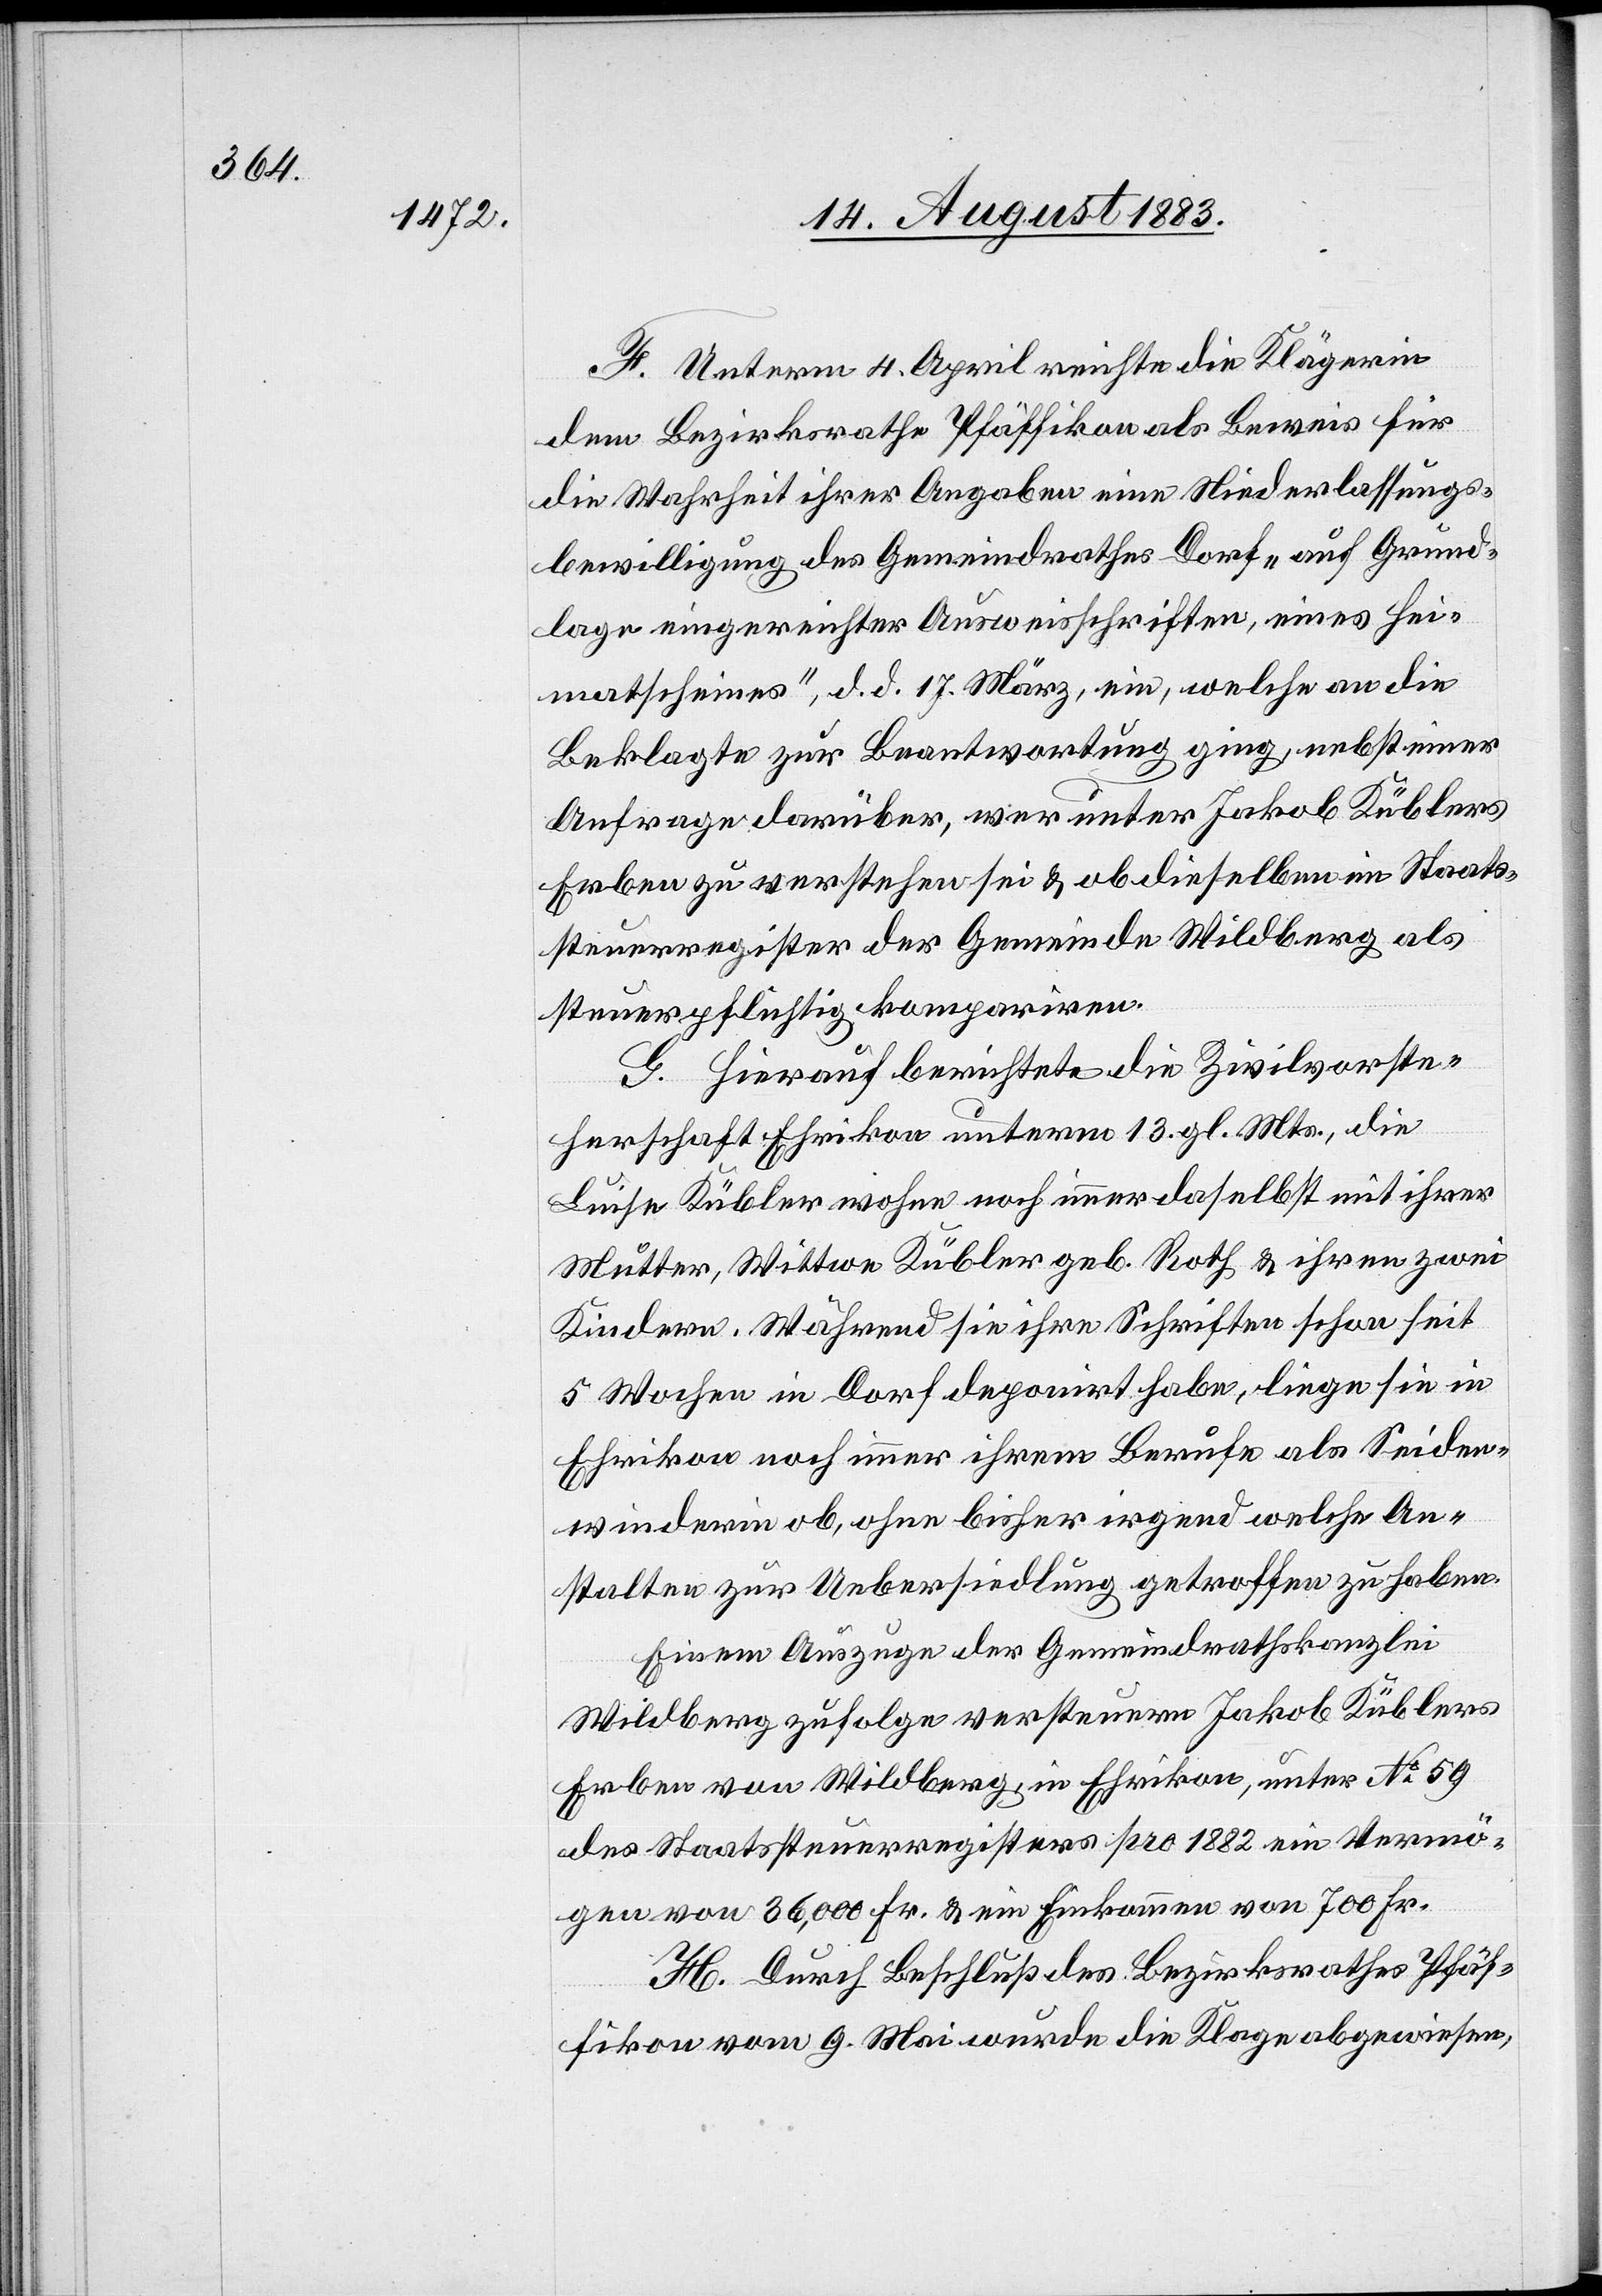
F. Unterm 4. April reichte die Klägerin
die Wahrheit ihrer Angaben eine Niederlassungs¬
bewilligung des Gemeindrathes Dorf „auf Grund¬
lage eingereichter Ausweisschriften, eines Hei¬
matscheines“, d. d. 17. März, ein, welche an die
Beklagte zur Beantwortung ging, nebst einer
Anfrage darüber, wer unter Jakob Küblers
Erben zu verstehen sei & ob dieselben im Staats¬
steuerregister der Gemeinde Wildberg als
steuerpflichtig kompariren.
G. Hierauf berichtete die Zivilvorste¬
herschaft Ehrikon unterm 13. gl. Mts., die
Luise Kübler wohne noch immer daselbst mit ihrer
Mutter, Wittwe Kübler geb. Roth & ihren zwei
Kindern. Während sie ihre Schriften schon seit
5 Wochen in Dorf deponirt habe, liege sie in
Ehrikon noch immer ihrem Berufe als Seiden¬
winderin ob, ohne bisher irgend welche An¬
stalten zur Uebersiedlung getroffen zu haben.
Einem Auszuge der Gemeindrathskanzlei
Wildberg zu folge versteuern Jakob Küblers
Erben von Wildberg, in Ehrikon, unter No 59
des Staatssteuerregisters pro 1882 ein Vermö¬
gen von 36,000 Fr. & ein Einkommen von 700 Fr.
H. Durch Beschluß des Bezirksrathes Pfäf¬
fikon vom 9. Mai wurde die Klage abgewiesen,